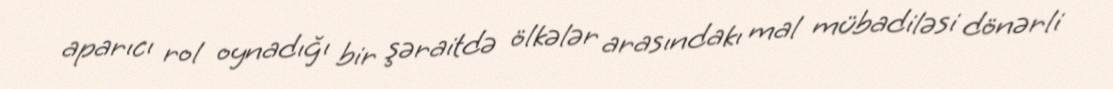
aparıcı rol oynadığı bir şəraitdə ölkələr arasındakı mal mübadiləsi dönərli